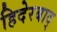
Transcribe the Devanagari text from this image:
हिदेरबाद्